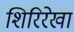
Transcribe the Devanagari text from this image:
शिरिरेखा